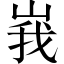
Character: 峩